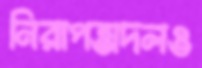
নিরাপত্তাদলও